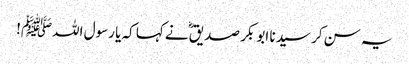
یہ سن کر سیدنا ابو بکر صدیقؓ نے کہا کہ یا رسول اللہﷺ!